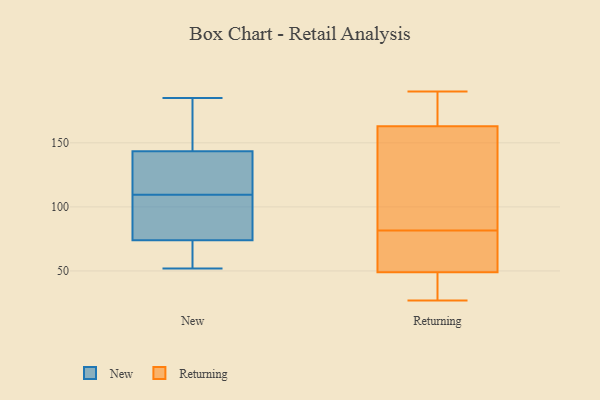
{"axis": {"x": "Page Views", "y": "Value"}, "legend": ["New", "Returning"], "data": [{"x": "", "y": 81, "type": "New"}, {"x": "", "y": 52, "type": "New"}, {"x": "", "y": 106, "type": "New"}, {"x": "", "y": 121, "type": "New"}, {"x": "", "y": 113, "type": "New"}, {"x": "", "y": 123, "type": "New"}, {"x": "", "y": 185, "type": "New"}, {"x": "", "y": 63, "type": "New"}, {"x": "", "y": 88, "type": "New"}, {"x": "", "y": 181, "type": "New"}, {"x": "", "y": 164, "type": "New"}, {"x": "", "y": 67, "type": "New"}, {"x": "", "y": 27, "type": "Returning"}, {"x": "", "y": 183, "type": "Returning"}, {"x": "", "y": 188, "type": "Returning"}, {"x": "", "y": 41, "type": "Returning"}, {"x": "", "y": 70, "type": "Returning"}, {"x": "", "y": 43, "type": "Returning"}, {"x": "", "y": 75, "type": "Returning"}, {"x": "", "y": 55, "type": "Returning"}, {"x": "", "y": 155, "type": "Returning"}, {"x": "", "y": 171, "type": "Returning"}, {"x": "", "y": 142, "type": "Returning"}, {"x": "", "y": 87, "type": "Returning"}, {"x": "", "y": 42, "type": "Returning"}, {"x": "", "y": 77, "type": "Returning"}, {"x": "", "y": 190, "type": "Returning"}, {"x": "", "y": 86, "type": "Returning"}]}